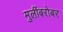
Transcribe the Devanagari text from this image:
मुलींबरोबर